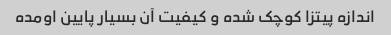
اندازه پیتزا کوچک شده و کیفیت آن بسیار پایین اومده